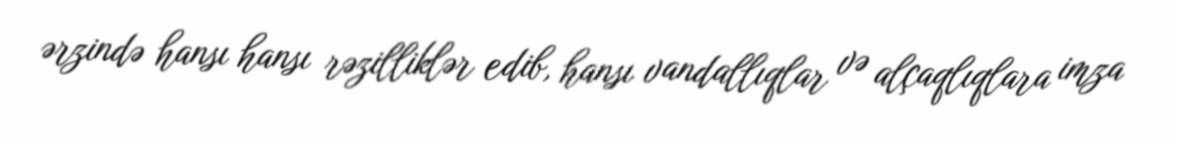
ərzində hansı hansı rəzilliklər edib, hansı vandallıqlar və alçaqlıqlara imza